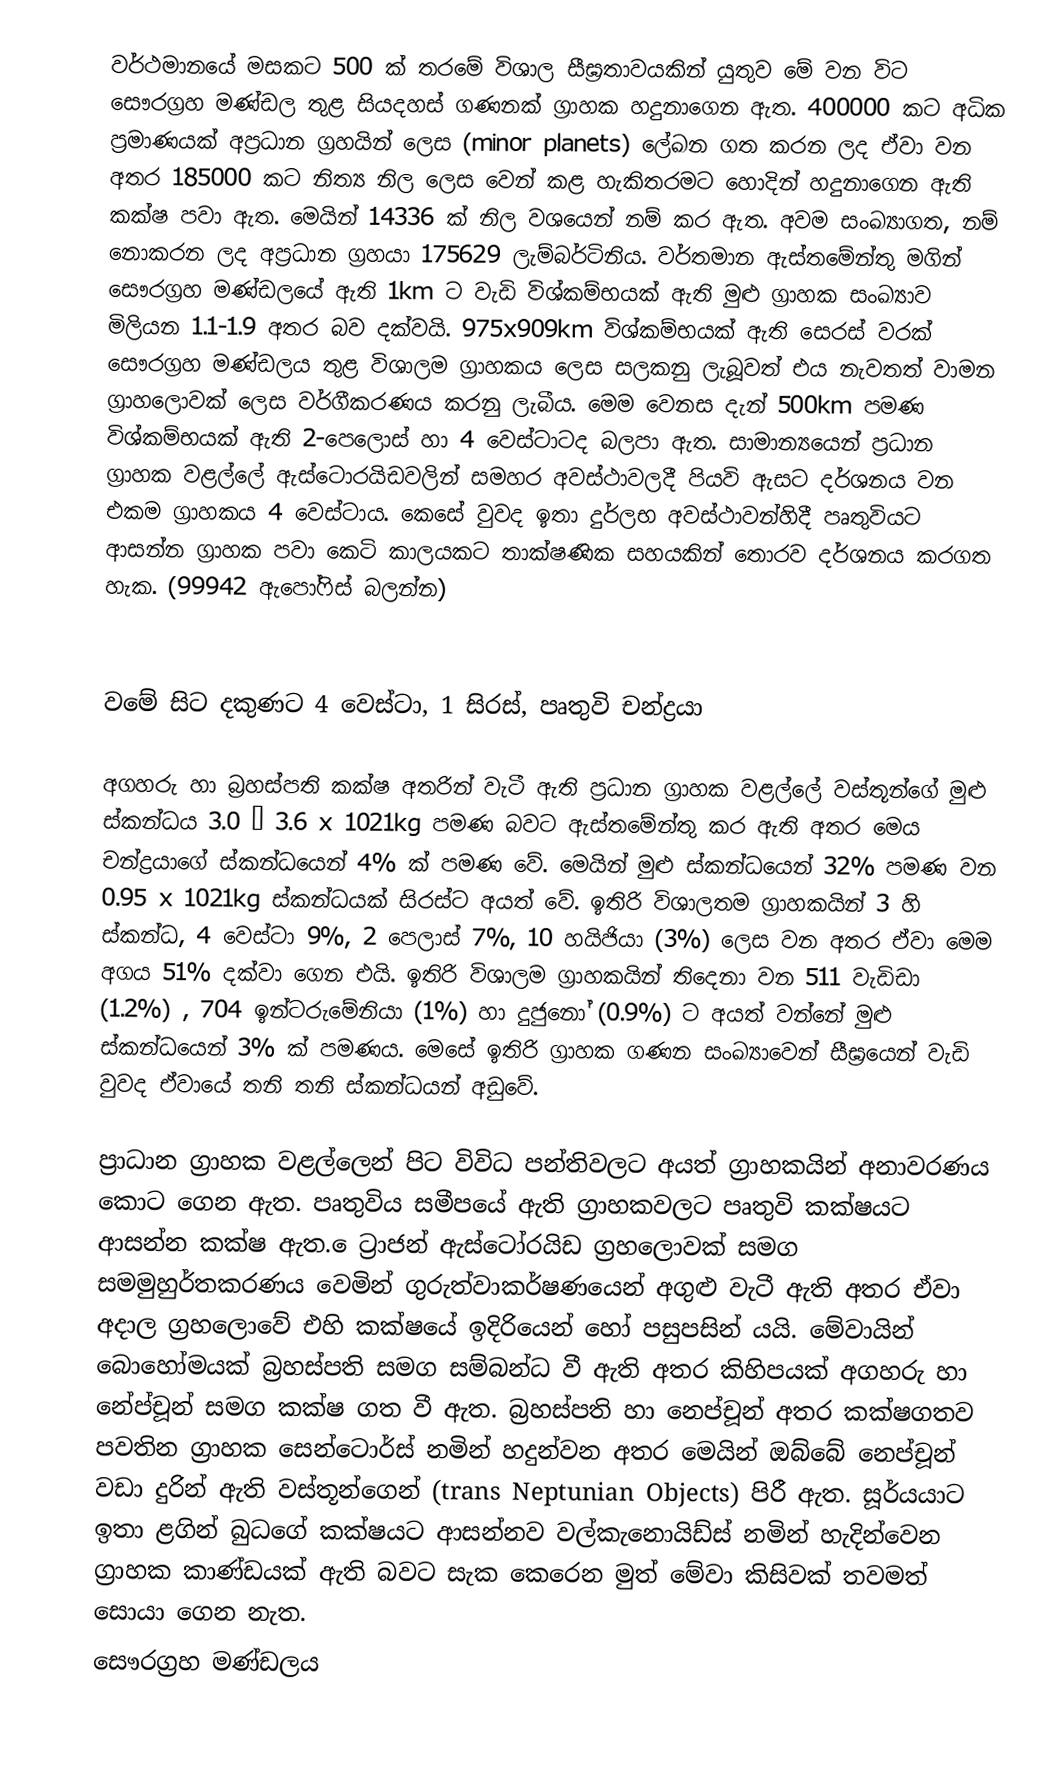
වර්ථමානයේ මසකට 500 ක් තරමේ විශාල සීඝ්‍රතාවයකින් යුතුව මේ වන විට සෞරග්‍රහ මණ්ඩල තුළ සියදහස් ගණනක් ග්‍රාහක හදුනාගෙන ඇත. 400000 කට අධික ප්‍රමාණයක් අප්‍රධාන ග්‍රහයින් ලෙස (minor planets) ලේඛන ගත කරන ලද ඒවා වන අතර 185000 කට නිත්‍ය නිල ලෙස වෙන් කළ හැකිතරමට හොදින් හදුනාගෙන ඇති කක්ෂ පවා ඇත. මෙයින් 14336 ක් නිල වශයෙන් නම් කර ඇත. අවම සංඛ්‍යාගත, නම් නොකරන ලද අප්‍රධාන ග්‍රහයා 175629 ලැම්බර්ටිනිය. වර්තමාන ඇස්තමේන්තු මගින් සෞරග්‍රහ මණ්ඩලයේ ඇති 1km ට වැඩි විශ්කම්භයක් ඇති මුළු ග්‍රාහක සංඛ්‍යාව මිලියන 1.1-1.9 අතර බව දක්වයි. 975x909km විශ්කම්භයක් ඇති සෙරස් වරක් සෞරග්‍රහ මණ්ඩලය තුළ විශාලම ග්‍රාහකය ලෙස සලකනු ලැබූවත් එය නැවතත් වාමන ග්‍රාහලොවක් ලෙස වර්ගීකරණය කරනු ලැබීය. මෙම වෙනස දැන් 500km පමණ විශ්කම්භයක් ඇති 2-පෙලොස් හා 4 වෙස්ටාටද බලපා ඇත. සාමාන්‍යයෙන් ප්‍රධාන ග්‍රාහක වළල්ලේ ඇස්ටොරයිඩවලින් සමහර අවස්ථාවලදී පියවි ඇසට දර්ශනය වන එකම ග්‍රාහකය 4 වෙස්ටාය. කෙසේ වුවද ඉතා දුර්ලභ අවස්ථාවන්හිදී පෘතුවියට ආසන්න ග්‍රාහක පවා කෙටි කාලයකට තා‍ක්ෂණික සහයකින් තොරව දර්ශනය කරගත හැක. (99942 ඇපෝෆිස් බලන්න)

වමේ සිට දකුණට 4 වෙස්ටා, 1 සිරස්, පෘතුවි චන්ද්‍රයා

අගහරු හා බ්‍රහස්පති කක්ෂ අතරින් වැටී ඇති ප්‍රධාන ග්‍රාහක වළල්ලේ වස්තූන්ගේ මුළු  ස්කන්ධය 3.0 – 3.6 x 1021kg පමණ බවට ඇස්තමේන්තු කර ඇති අතර මෙය චන්ද්‍රයාගේ ස්කන්ධයෙන් 4% ක් පමණ වේ. මෙයින් මුළු ස්කන්ධයෙන් 32% පමණ වන 0.95 x 1021kg ස්කන්ධයක් සිරස්ට අයත් වේ. ඉතිරි විශාලතම ග්‍රාහකයින් 3 හි ස්කන්ධ, 4 වෙස්ටා 9%, 2 පෙලාස් 7%, 10 හයිජියා (3%) ලෙස වන අතර ඒවා මෙම අගය 51% දක්වා ගෙන එයි. ඉතිරි විශාලම ග්‍රාහකයින් තිදෙනා වන 511 වැඩිඩා (1.2%) , 704 ඉන්ටරුමේනියා (1%) හා දුජුනෝ (0.9%) ට අයත් වන්නේ මුළු ස්කන්ධයෙන් 3% ක් පමණය. මෙසේ ඉතිරි ග්‍රාහක ගණන සංඛ්‍යාවෙන් සීඝ්‍රයෙන් වැඩි වුවද ඒවායේ තනි තනි ස්කන්ධයන් අඩුවේ.

ප්‍රාධාන ග්‍රාහක වළල්ලෙන් පිට විවිධ පන්තිවලට අයත් ග්‍රාහකයින් අනාවරණය කොට ගෙන ඇත. පෘතුවිය සමීපයේ ඇති ග්‍රාහකවලට පෘතුවි කක්ෂයට ආසන්න කක්ෂ ඇත. ‍ෙට්‍රාජන් ඇස්ටෝරයිඩ ග්‍රහලොවක් සමග සමමුහුර්තකරණය වෙමින් ගුරුත්වාකර්ෂණයෙන් අගුළු වැටී ඇති අතර ඒවා අදාල ග්‍රහලොවේ එහි කක්ෂයේ ඉදිරියෙන් හෝ පසුපසින් යයි. මේවායින් බොහෝමයක් බ්‍රහස්පති සමග සම්බන්ධ වී ඇති අතර කිහිපයක් අගහරු හා නේප්චූන් සමග කක්ෂ ගත වී ඇත. බ්‍රහස්පති හා නෙප්චූන් අතර කක්ෂගතව පවතින ග්‍රාහක සෙන්ටොර්ස් නමින් හදුන්වන අතර මෙයින් ඔබ්බේ නෙප්චූන් වඩ‍ා දුරින් ඇති වස්තූන්ගෙන් (trans Neptunian Objects) පිරී ඇත. සූර්යයාට ඉතා ළගින් බුධගේ කක්ෂයට ආසන්නව වල්කැනොයිඩ්ස් නමින් හැදින්වෙන ග්‍රාහක කාණ්ඩයක් ඇති බවට සැක කෙරෙන මුත් මේවා කිසිවක් තවමත් සොයා ගෙන නැත.
සෞරග්‍රහ මණ්ඩලය